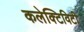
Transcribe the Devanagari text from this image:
कलेक्टिविटी